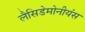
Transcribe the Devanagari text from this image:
लैसिडेमोनीयंस